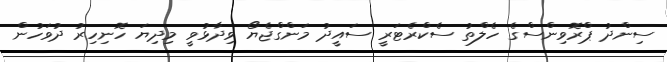
ސިންދު ޕްރޮވިންސްގެ ހެލްތު ސެކްރެޓަރީ ސައީދު މަންގްޖެޔޯ ވިދާޅުވީ މިދިޔަ ހޮނިހިރު ދުވަހުން